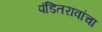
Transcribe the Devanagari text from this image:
पंडितरावांचा